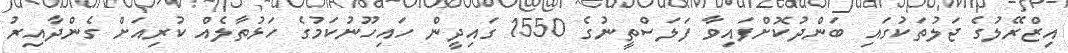
އިޒްރޭލުގެ ޖަލުތަކުގައި ބަންދުކޮށްފައިވާ ފަލަސްތީނުގެ 1550 ގައިދީން ހައިހޫނުކަމުގެ ހަޅުތާލެއް ކުރިއަށް ގެންދާއިރު